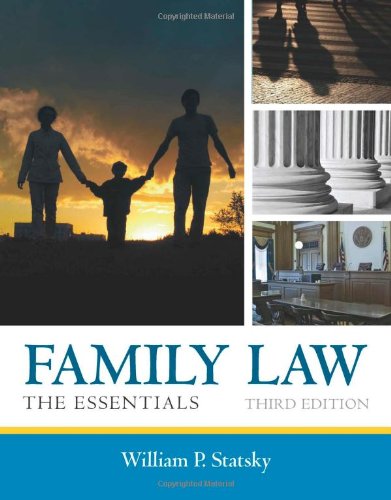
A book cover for Family Law: The Essentials; William P. Statsky; Law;